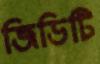
জিডিটি